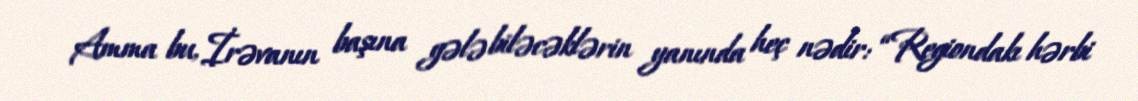
Amma bu, İrəvanın başına gələ biləcəklərin yanında heç nədir: “Regiondakı hərbi